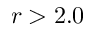
r > 2 . 0